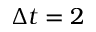
\Delta t = 2